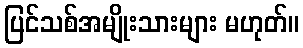
ပြင်သစ်အမျိုးသားများ မဟုတ်။